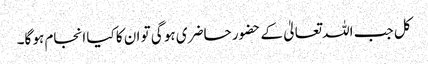
کل جب اللہ تعالیٰ کے حضور حاضری ہو گی تو ان کا کیا انجام ہو گا۔